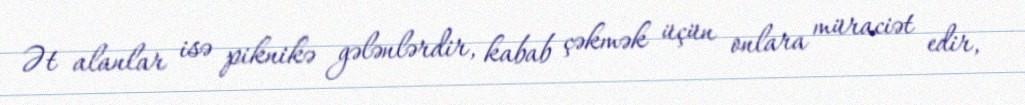
Ət alanlar isə piknikə gələnlərdir, kabab çəkmək üçün onlara müraciət edir,